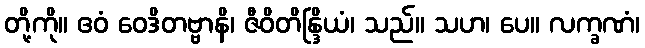
တို့ကို။ ဧဝံ ဝေဒိတဗ္ဗာနိ၊ ဇီဝိတိန္ဒြိယံ၊ သည်။ သဟ၊ ပေ။ လက္ခဏံ၊